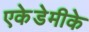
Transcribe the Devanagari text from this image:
एकेडेमीके